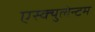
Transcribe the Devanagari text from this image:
एस्क्युलेन्टम